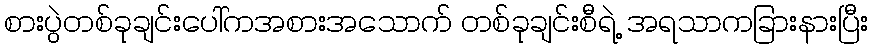
စားပွဲတစ်ခုချင်းပေါ်ကအစားအသောက် တစ်ခုချင်းစီရဲ့ အရသာကခြားနားပြီး